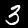
Digit: 3